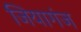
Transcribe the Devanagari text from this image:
जियागंज